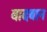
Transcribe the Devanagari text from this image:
बादबान